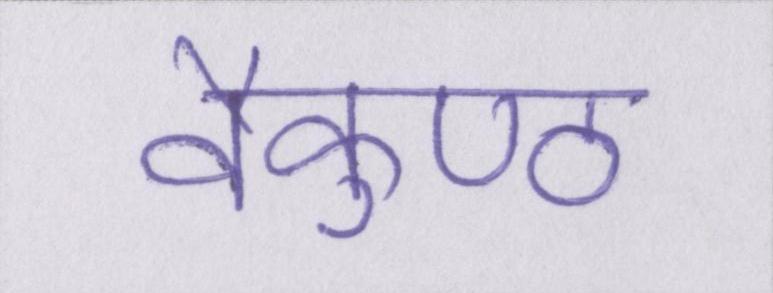
वैकुण्ठ